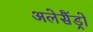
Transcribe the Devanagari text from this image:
अलेसैंड्रो